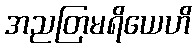
အညတြမရိယေဟိ